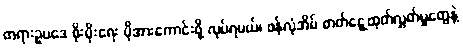
တရားဥပဒေ စိုးမိုးရေး ပိုအားကောင်းဖို့ လုပ်ရမယ်၊ ဖန်လုံအိမ် ဓာတ်ငွေ့ထုတ်လွှတ်မှုတွေနဲ့